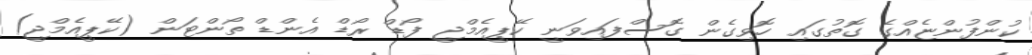
ކުންފުންޏެއްގެ ގޮތުގައި ހޮވިގެން ގޮސްފައިވަނީ ކޭޕީއެމްޖީ ފޯޑް ރޯޑް އެންޑް ތޯންޓަން (ކޭޕީއެމްޖީ)